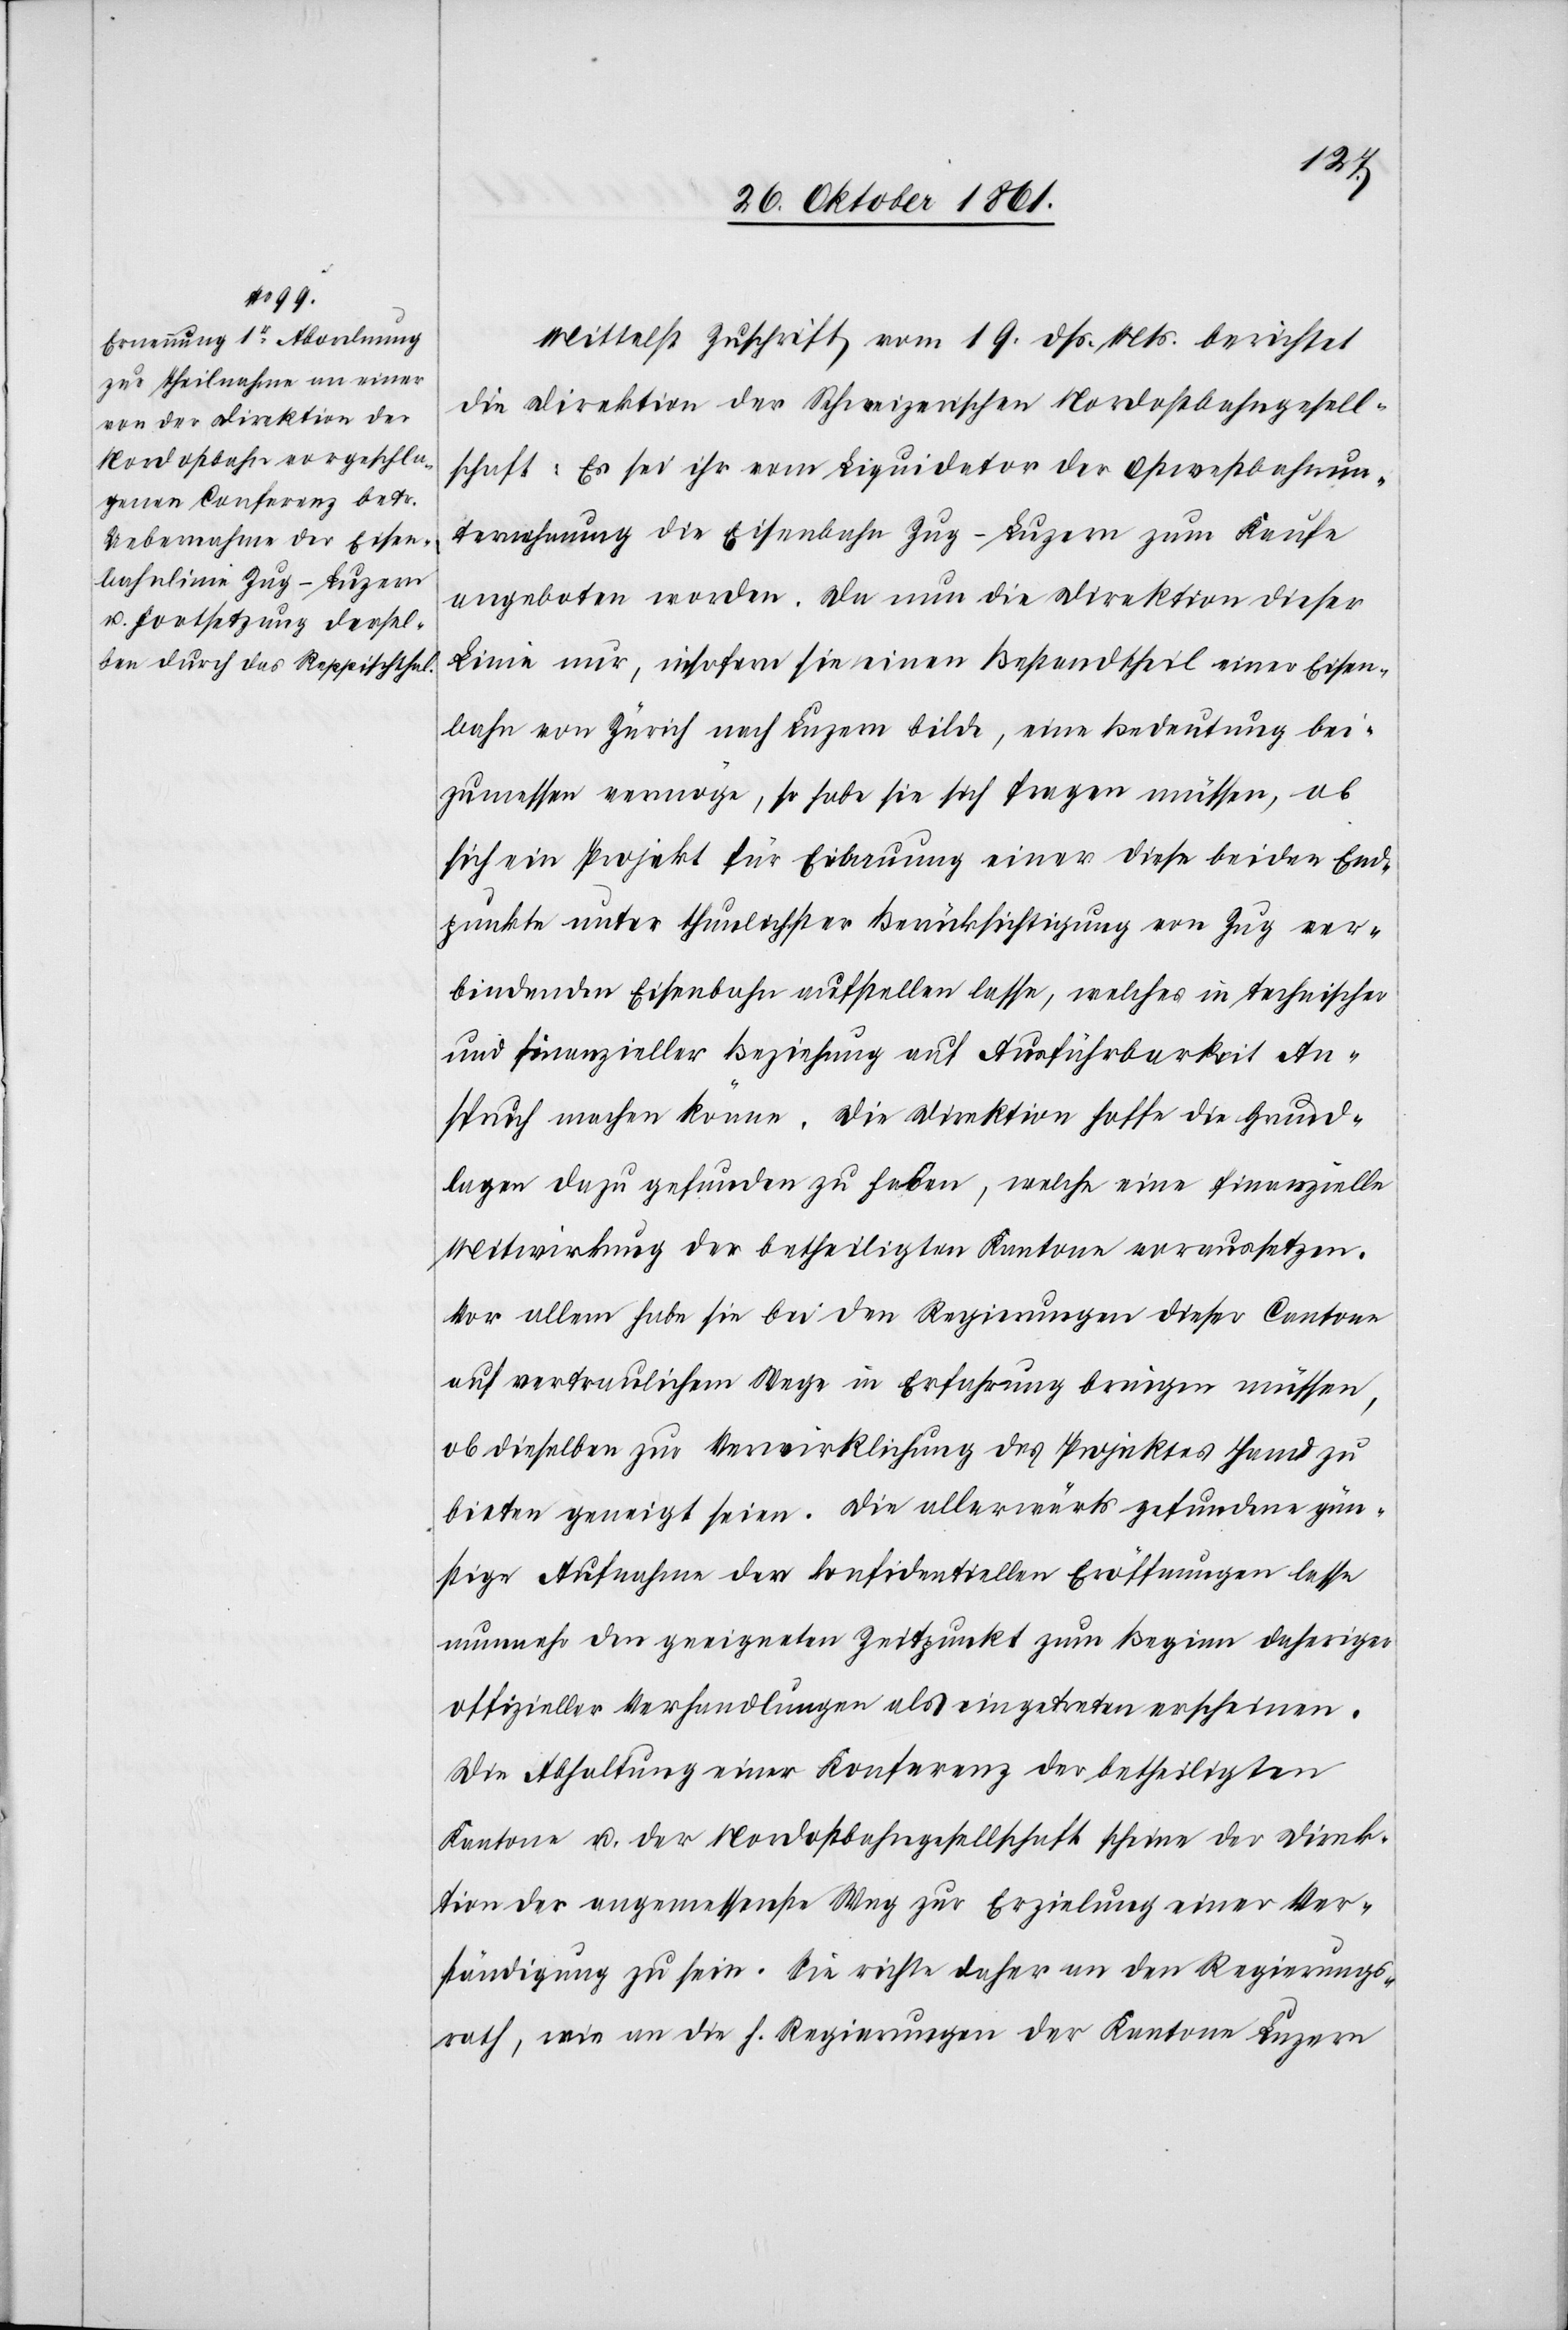
Mittelst Zuschrift vom 19 dß. Mts. berichtet
die Direktion der Schweizerischen Nordostbahngesell¬
schaft: Es sei ihr vom Liquidator der Ostwestbahnun¬
ternehmung die Eisenbahn Zug–Luzern zum Kaufe
angeboten worden. Da nun die Direktion dieser
Linie nur, insofern sie einen Bestandtheil einer Eisen¬
bahn von Zürich und Luzern bilde, eine Bedeutung bei¬
zumessen vermöge, so habe sie sich fragen müssen, ob
sich ein Projekt für Erbauung einer diese beiden End¬
punkte unter thunlichster Berücksichtigung von Zug ver¬
bindenden Eisenbahn aufstellen lasse, welches in technischer
und finanzieller Beziehung auf Ausführbarkeit An¬
spruch machen könne. Die Direktion hoffe die Grund¬
lagen dazu gefunden zu haben, welche eine finanzielle
Mitwirkung der betheiligten Kantone voraussetzen.
Vor allem habe sie bei den Regierungen dieser Cantone
auf vertraulichem Wege in Erfahrung bringen müssen,
ob dieselben zur Verwirklichung des Projektes Hand zu
bieten geneigt seien. Die allerwärts gefundene gün¬
stige Aufnahme der konfidentiellen Eröffnungen lasse
nunmehr den geeigneten Zeitpunkt zum Beginn daheriger
offizieller Verhandlungen als eingetreten erscheinen.
Die Abhaltung einer Konferenz der betheiligten
Kantone u. der Nordostbahngesellschaft scheine der Direk¬
tion der angemessenste Weg zur Erzielung einer Ver¬
ständigung zu sein. Sie richte daher an der Regierungs¬
rath, wie an die h. Regierungen der Kantone Luzern